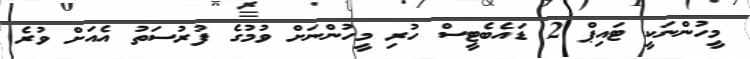
މީހުންނަކީ ޓައިޕް 2 ޑައެބެޓީސް ހުރި މީހުންނަށް ވުމުގެ ފުރުސަތު އެއަށް ވުރެ